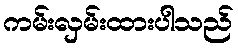
ကမ်းလှမ်းထားပါသည်